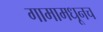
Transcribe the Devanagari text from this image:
गामामधूनच